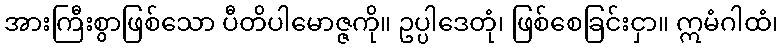
အားကြီးစွာဖြစ်သော ပီတိပါမောဇ္ဇကို။ ဥပ္ပါဒေတုံ၊ ဖြစ်စေခြင်းငှာ။ ဣမံဂါထံ၊